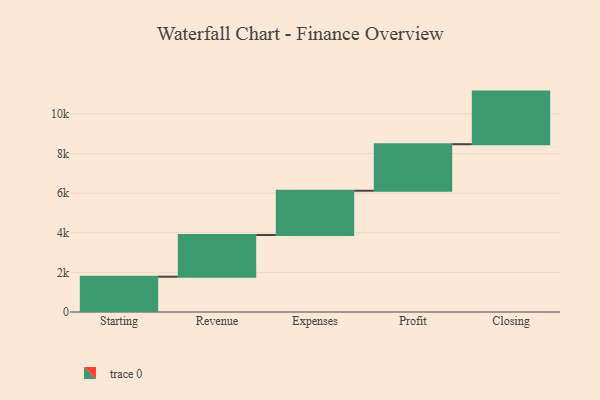
{"axis": {"x": "Step", "y": "Value"}, "legend": [""], "data": [{"x": "Starting", "y": 1782.0, "type": ""}, {"x": "Revenue", "y": 2105.0, "type": ""}, {"x": "Expenses", "y": 2235.0, "type": ""}, {"x": "Profit", "y": 2349.0, "type": ""}, {"x": "Closing", "y": 2656.0, "type": ""}]}